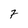
Character: 7